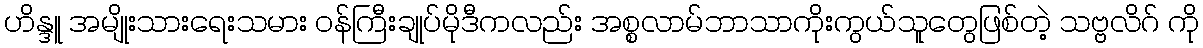
ဟိန္ဒူ အမျိုးသားရေးသမား ဝန်ကြီးချုပ်မိုဒီကလည်း အစ္စလာမ်ဘာသာကိုးကွယ်သူတွေဖြစ်တဲ့ သဗ္ဗလိဂ် ကို